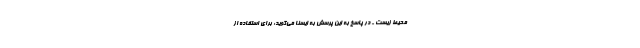
محیط زیست - در پاسخ به این پرسش به ایسنا می‌گوید: برای استفاده از